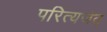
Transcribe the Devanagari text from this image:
परित्यजेत्